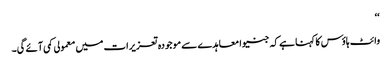
‘‘
وائٹ ہاؤس کا کہنا ہے کہ جنیوا معاہدے سے موجودہ تعزیرات میں معمولی کمی آئے گی۔